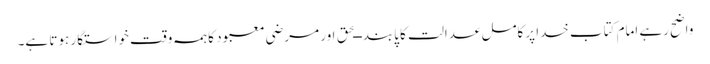
واضح رہے امام کتاب خدا پرکامل عدالت کا پابند ــحق اور مرضی معبود کاہمہ وقت خواستگار ہوتا ہے۔